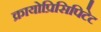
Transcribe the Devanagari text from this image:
क्रायोप्रिसिपिटेट